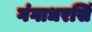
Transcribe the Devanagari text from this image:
गंगाधरसिं